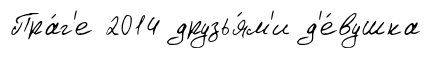
Пра́г'е 2014 друзья́м'и д'е́вушка